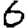
Digit: 6